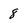
Character: 8